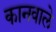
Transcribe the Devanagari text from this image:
कानवाले